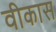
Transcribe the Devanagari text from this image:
वीकास